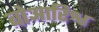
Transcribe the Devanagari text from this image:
बोआरिश्व